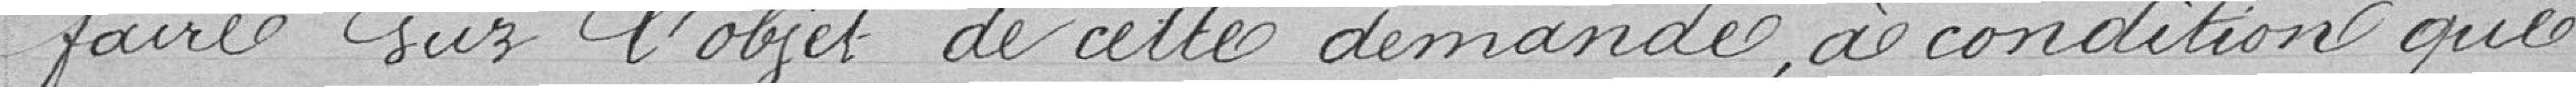
faire sur l'objet de cette demande, à condition que